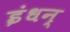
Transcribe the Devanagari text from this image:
इंधन्